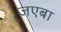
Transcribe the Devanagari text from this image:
जएबा